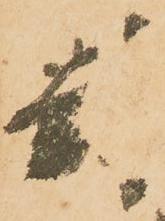
封